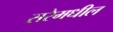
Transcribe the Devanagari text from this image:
सरेमधील